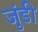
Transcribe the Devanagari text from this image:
जुंडी